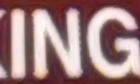
ING